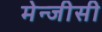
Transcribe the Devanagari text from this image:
मेन्जीसी